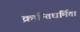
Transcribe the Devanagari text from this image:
क्रान्तिधर्मिता